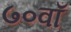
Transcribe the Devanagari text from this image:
७०वाँ